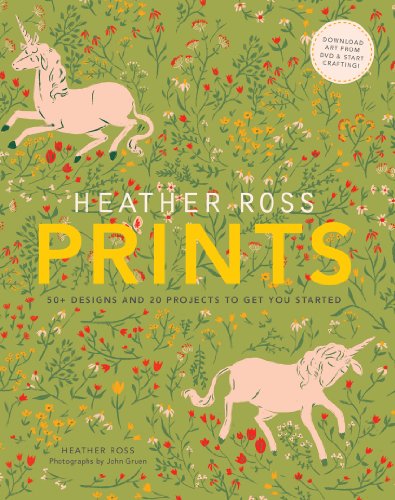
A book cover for Heather Ross Prints: 50+ Designs and 20 Projects to Get You Started; Heather Ross; Crafts, Hobbies & Home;